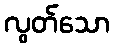
လွတ်သော